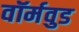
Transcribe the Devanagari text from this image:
वॉर्मवुड